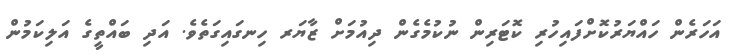
އަހަރެން ހައްޔަރުކޮށްފައިހުރި ކޮޓަރިން ނުކުމެގެން ދިއުމަށް ޒާޔަރ ހިނގައިގަތެވެ. އަދި ބައްތީގެ އަލިކަމުން